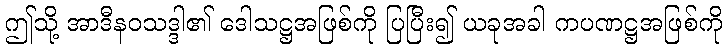
ဤသို့ အာဒီနဝသဒ္ဒါ၏ ဒေါသဋ္ဌအဖြစ်ကို ပြပြီး၍ ယခုအခါ ကပဏဋ္ဌအဖြစ်ကို